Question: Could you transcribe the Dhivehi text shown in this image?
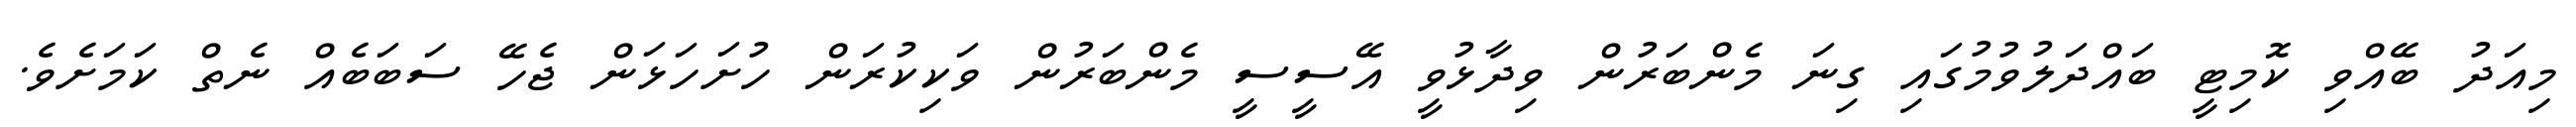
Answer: މިއަދު ބޭއްވި ކޮމިޓީ ބައްދަލުވުމުގައި ގިނަ މެންބަރުން ވިދާޅުވީ އޭސީސީ މެންބަރުން ވަކިކުރަން ހުށަހަޅަން ޖެހޭ ސަބަބެއް ނެތް ކަމަށެވެ.